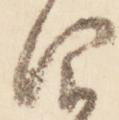
仰